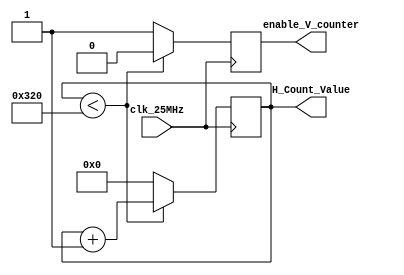
`timescale 1ns / 1ps

module h_counter(
    input clk_25MHz,
    output reg enable_V_counter = 0,
    output reg [9:0] H_Count_Value = 0
);

    always@(posedge clk_25MHz) begin
        if (H_Count_Value < 800) begin
            H_Count_Value <= H_Count_Value + 1;
            enable_V_counter <= 0;
        end
        else begin
            H_Count_Value <= 0;
            enable_V_counter <= 1;
        end
    end
endmodule